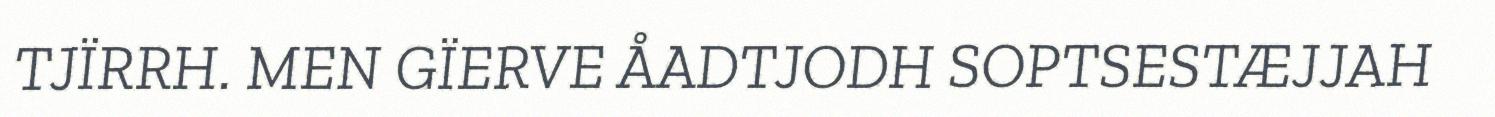
TJÏRRH. MEN GÏERVE ÅADTJODH SOPTSESTÆJJAH